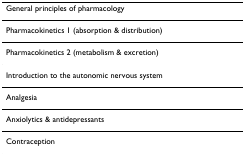
| General principles of pharmacology |
 | --- |
 | Pharmacokinetics 1 (absorption & distribution) |
 | Pharmacokinetics 2 (metabolism & excretion) |
 | Introduction to the autonomic nervous system |
 | Analgesia |
 | Anxiolytics & antidepressants |
 | Contraception |